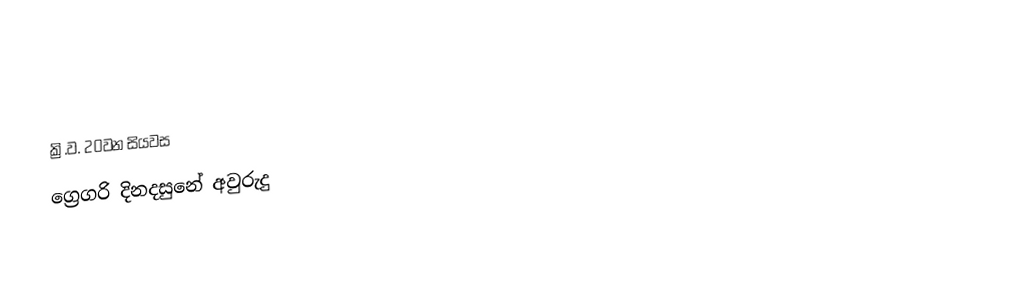

ක්‍රි.ව. 20වන සියවස
ග්‍රෙගරි දිනදසුනේ අවුරුදු